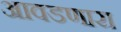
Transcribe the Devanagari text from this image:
आवडणारा